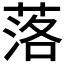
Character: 落